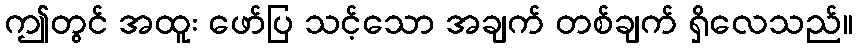
ဤတွင် အထူး ဖော်ပြ သင့်သော အချက် တစ်ချက် ရှိလေသည်။